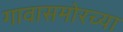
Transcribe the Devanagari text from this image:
गावासमोरच्या